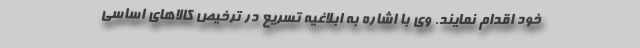
خود اقدام نمایند. وی با اشاره به ابلاغیه تسریع در ترخیص کالاهای اساسی